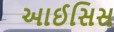
આઈસિસ